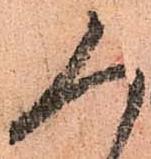
人